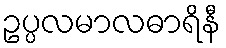
ဥပ္ပလမာလဓာရိနီ